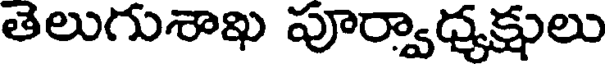
తెలుగుశాఖ పూర్వాధ్యక్షులు